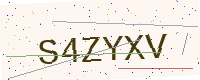
Text: S4ZYXV